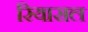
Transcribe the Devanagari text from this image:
रियासल